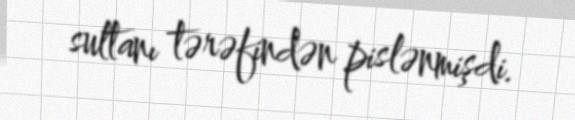
sultanı tərəfindən pislənmişdi.